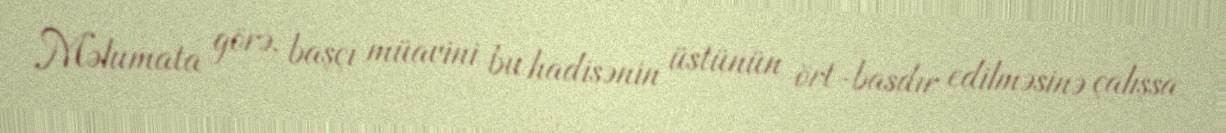
Məlumata görə, başçı müavini bu hadisənin üstünün ört-basdır edilməsinə çalışsa